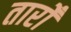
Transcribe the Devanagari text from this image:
तारोँ